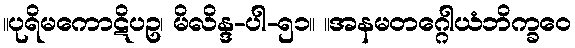
။ပုရိမကောဋိပဥ၊ မိလိန္ဒ-ပါ-၅၁။ ။အနမတဂ္ဂေါယံဘိက္ခဝေ